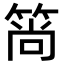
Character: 𬕒